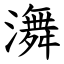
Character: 㵲